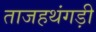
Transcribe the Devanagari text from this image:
ताजहथंगड़ी